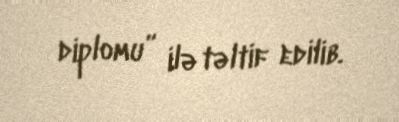
diplomu” ilə təltif edilib.